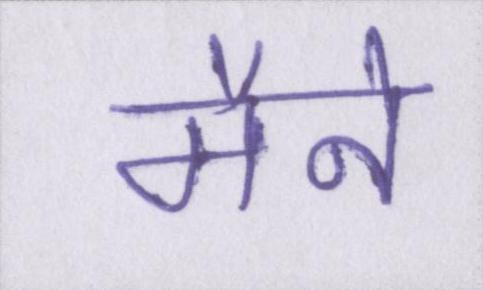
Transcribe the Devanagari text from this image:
मैने